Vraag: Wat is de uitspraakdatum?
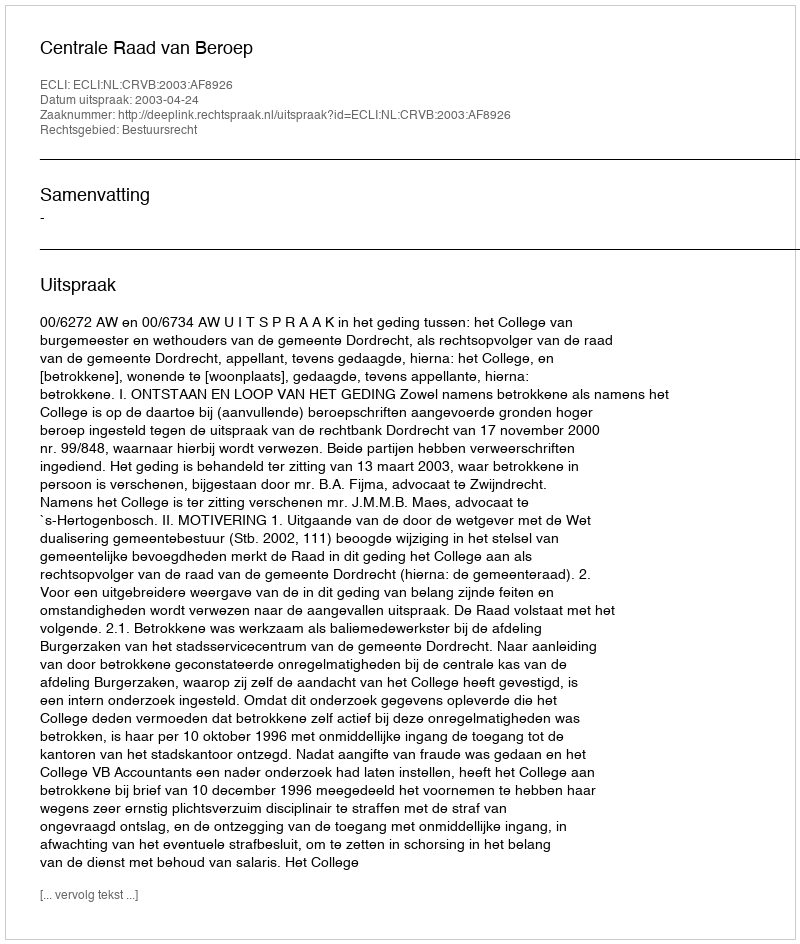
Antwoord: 2003-04-24